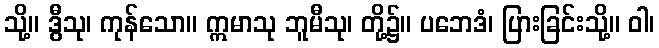
သို့။ ဒွီသု၊ ကုန်သော။ ဣမာသု ဘူမီသု၊ တို့၌။ ပဘေဒံ၊ ပြားခြင်းသို့။ ဝါ၊